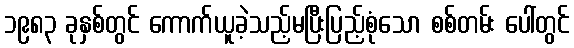
၁၉၈၃ ခုနှစ်တွင် ကောက်ယူခဲ့သည့်မပြီးပြည့်စုံသော စစ်တမ်း ပေါ်တွင်